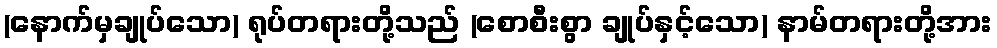
(နောက်မှချုပ်သော) ရုပ်တရားတို့သည် (စောစီးစွာ ချုပ်နှင့်သော) နာမ်တရားတို့အား